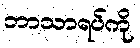
ဘာသာရပ်ကို